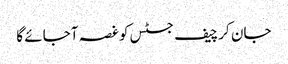
جان کر چیف جسٹس کو غصہ آجائے گا